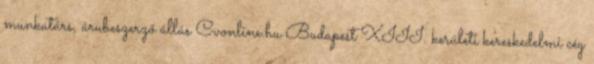
munkatárs, árubeszerző állás Cvonline.hu Budapest XIII. kerületi kereskedelmi cég